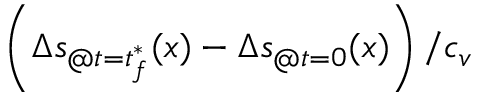
\left( \Delta s _ { @ t = t _ { f } ^ { \ast } } ( x ) - \Delta s _ { @ t = 0 } ( x ) \right) / c _ { v }